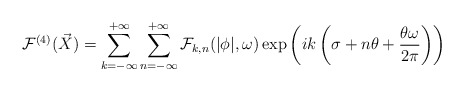
\begin{align*}{\cal F}^{(4)}(\vec{X})=\sum_{k=-\infty}^{+\infty}\sum_{n=-\infty}^{+\infty} {\cal F}_{k,n}(|\phi|,\omega)\exp\left(ik \left(\sigma+n\theta+\frac{\theta\omega}{2\pi}\right)\right)\end{align*}